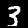
Label: 3